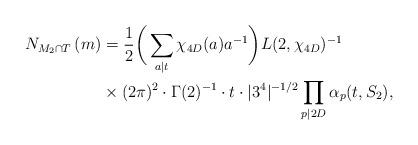
LaTeX: \begin{align*}N_{M_2\cap T}\left(m\right) &= \frac{1}{2}\bigg(\sum_{a\mid t}\chi_{4D}(a)a^{-1}\bigg)L(2,\chi_{4D})^{-1} \\&\times (2\pi)^2\cdot\Gamma(2)^{-1}\cdot t\cdot |3^4|^{-1/2} \prod_{p \mid 2D}\alpha_p(t,S_2),\end{align*}